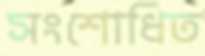
সংশোধিত